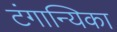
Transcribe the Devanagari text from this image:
टंगान्यिका